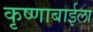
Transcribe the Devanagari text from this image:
कृष्णाबाईला